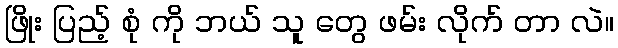
ဖြိုး ပြည့် စုံ ကို ဘယ် သူ တွေ ဖမ်း လိုက် တာ လဲ။